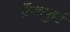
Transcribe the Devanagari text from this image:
फ्रँकफुर्ट